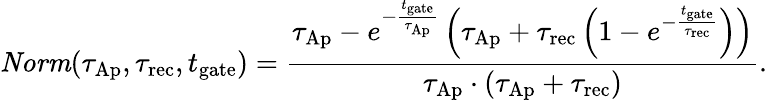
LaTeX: \mathit{Norm}(\tau_{\mathrm{Ap}},\tau_{\mathrm{rec}},t_{\mathrm{gate}})=\frac{\tau_{\mathrm{Ap}}-e^{-\frac{t_{\mathrm{gate}}}{\tau_{\mathrm{Ap}}}}\left(\tau_{\mathrm{Ap}}+\tau_{\mathrm{rec}}\left(1-e^{-\frac{t_{\mathrm{gate}}}{\tau_{\mathrm{rec}}}}\right)\right)}{\tau_{\mathrm{Ap}}\cdot\left(\tau_{\mathrm{Ap}}+\tau_{\mathrm{rec}}\right)}.